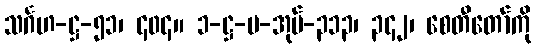
သင်္ဂဟ-ဋ္ဌ-၅၁၊ ၄၀၄။ ၁-ဋ္ဌ-ပ-အုပ်-၃၁၃၊ ၃၄၂၊ စေတီတော်ကို